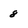
Character: 8